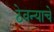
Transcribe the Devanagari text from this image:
ठेवन्याचे